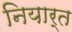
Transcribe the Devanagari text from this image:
नियार्त